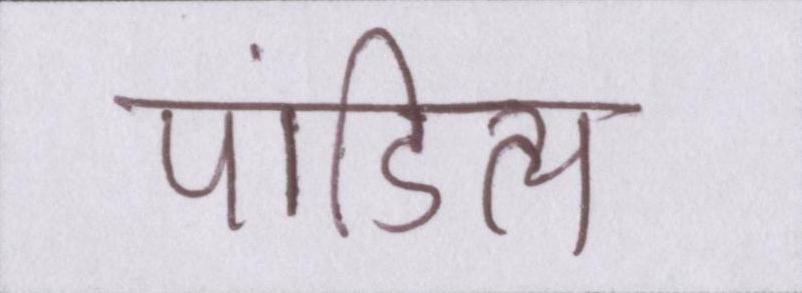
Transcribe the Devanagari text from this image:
पांडित्य